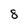
Character: 8